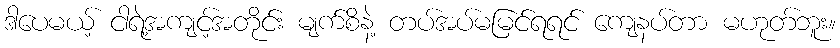
ဒါပေမယ့် ငါရဲ့အကျင့်အတိုင်း မျက်စိနဲ့ တပ်အပ်မမြင်ရရင် ကျေနပ်တာ မဟုတ်ဘူး။